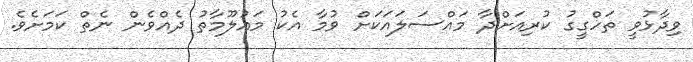
ވިދާޅުވީ ތަހްގީގު ކުރިއަށްދާ މައްސަލައަކަށް ވުމާ އެކު މައުލޫމާތު ދެއްވެން ނެތް ކަމަށެވެ.